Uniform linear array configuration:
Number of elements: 24
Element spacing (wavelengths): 0.75
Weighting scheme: kaiser
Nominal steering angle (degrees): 30
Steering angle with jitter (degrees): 29.112
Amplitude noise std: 0.05
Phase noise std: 0.05

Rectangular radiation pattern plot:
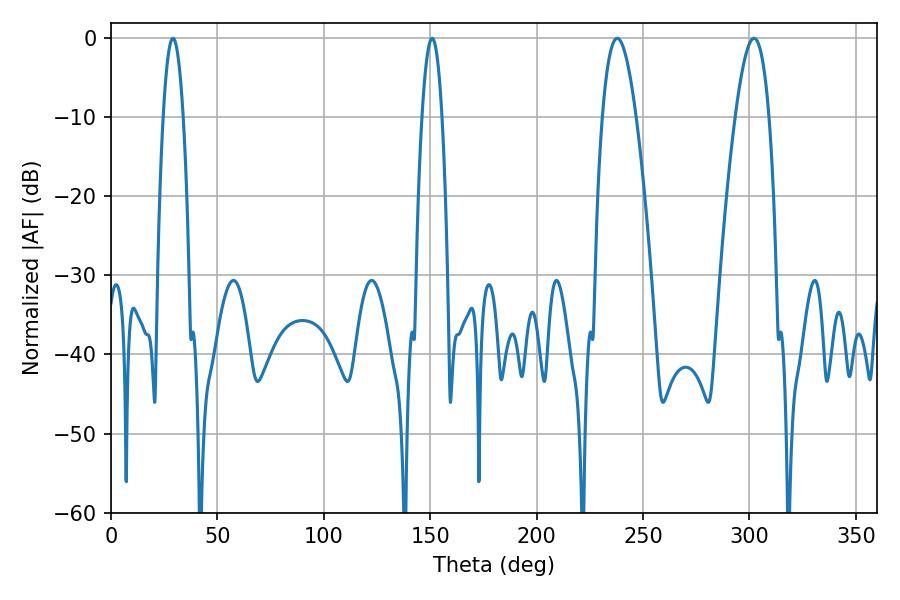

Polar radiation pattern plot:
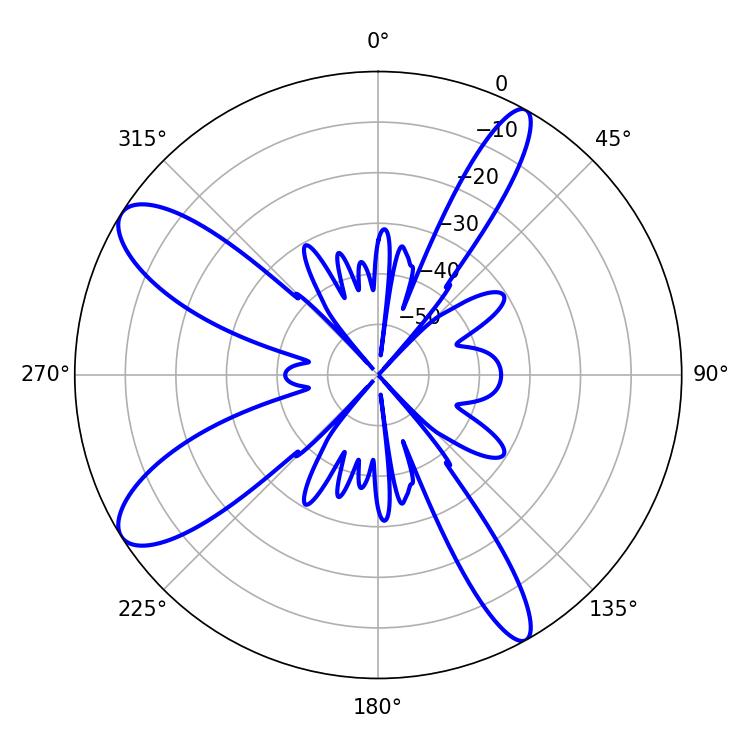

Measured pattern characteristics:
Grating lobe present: TRUE
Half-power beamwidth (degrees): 5.04
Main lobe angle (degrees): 29.16